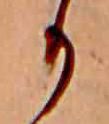
か